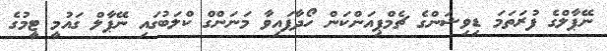
ނޭޕާލްގެ ފުރަތަމަ ޑިވިޝަންގެ ޗެމްޕިއަންކަން ހޯދާފައިވާ މަނަންގް ކްލަބުގައި ނޭޕާލް ގައުމީ ޓީމުގެ